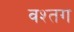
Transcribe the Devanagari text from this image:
वश्तग